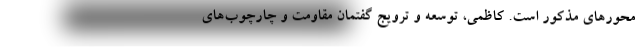
محورهای مذکور است. کاظمی، توسعه و ترویج گفتمان مقاومت و چارچوب‌های